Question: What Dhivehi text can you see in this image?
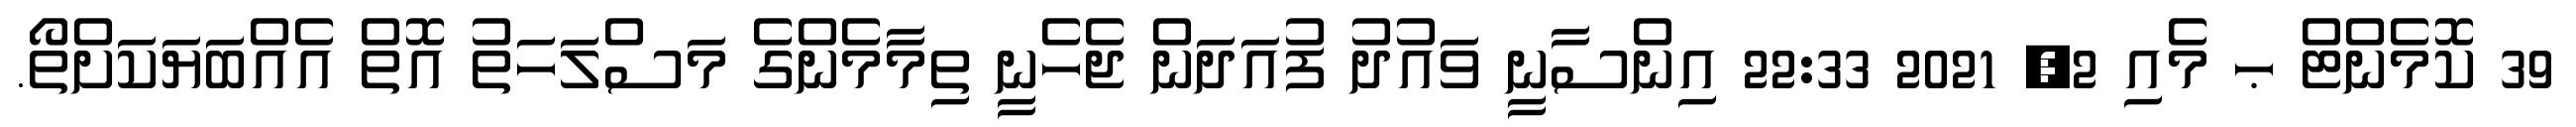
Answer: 39 ކޮމެންޓް ޙ މެއި 2, 2021 22:33 އިންސާނީ ވައުދު ފުއަދަން ޖެހެނީ ތިމާމެންގެ މަސްލަހަތު އޮތް އެއްބަޔަކަށްތޯ.